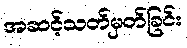
အဆင့်သတ်မှတ်ခြင်း